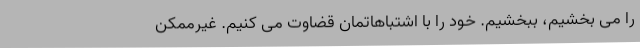
را می بخشیم، ببخشیم. خود را با اشتباهاتمان قضاوت می کنیم. غیرممکن